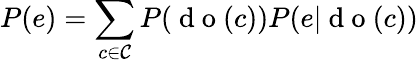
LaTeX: P(e)=\sum_{c\in\mathcal{C}}P(\mathrm{~d~o~}(c))P(e|\mathrm{~d~o~}(c))